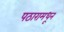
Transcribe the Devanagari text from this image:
पठारामधून